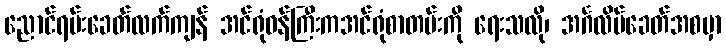
ညောင်ရမ်းခေတ်လက်ကျန် အင်ရုံဝန်ကြီးကအင်ရုံစာတမ်းကို ရေးသလို၊ အင်္ဂလိပ်ခေတ်အစမှာ